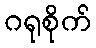
ဂရုစိုက်